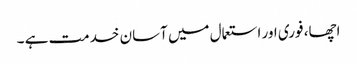
اچھا، فوری اور استعمال میں آسان خدمت ہے ۔